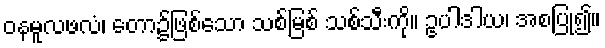
ဝနမူလဖလံ၊ တော၌ဖြစ်သော သစ်မြစ် သစ်သီးကို။ ဥပါဒါယ၊ အစပြု၍။